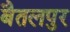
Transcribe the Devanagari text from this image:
बैतलपुर